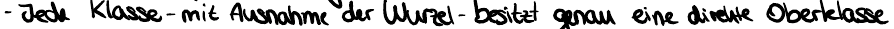
- jede Klasse - mit Ausnahme der Wurzel - besitzt genau eine direkte Oberklasse